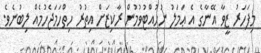
މިފަހަރު ޒީވާ އޭނާގެ އެ ޢަމަލު ނުހުއްޓުވުމުން ރާކިޒަށް އިތުރު ހިތްހަމަޖެހުމެއް ލިބުނެވެ.